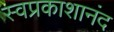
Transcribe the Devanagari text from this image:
स्वप्रकाशानंद